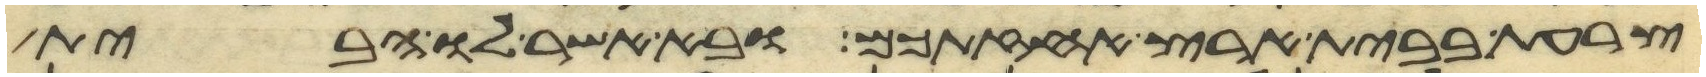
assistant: צרעת בבית ארץ אחזתכם ובא אשר לו הבית